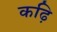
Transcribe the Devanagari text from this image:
कढ़ि